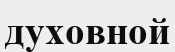
духовной